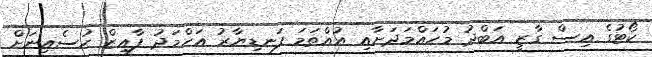
ކޯޓުގެ އިސް ގާޒީ އަބްދު މުހައްމަދަށާއި އުއްތަމަ ފަނޑިޔާރު އަހްމަދު ފާއިޒް ހުސެއިނަށް